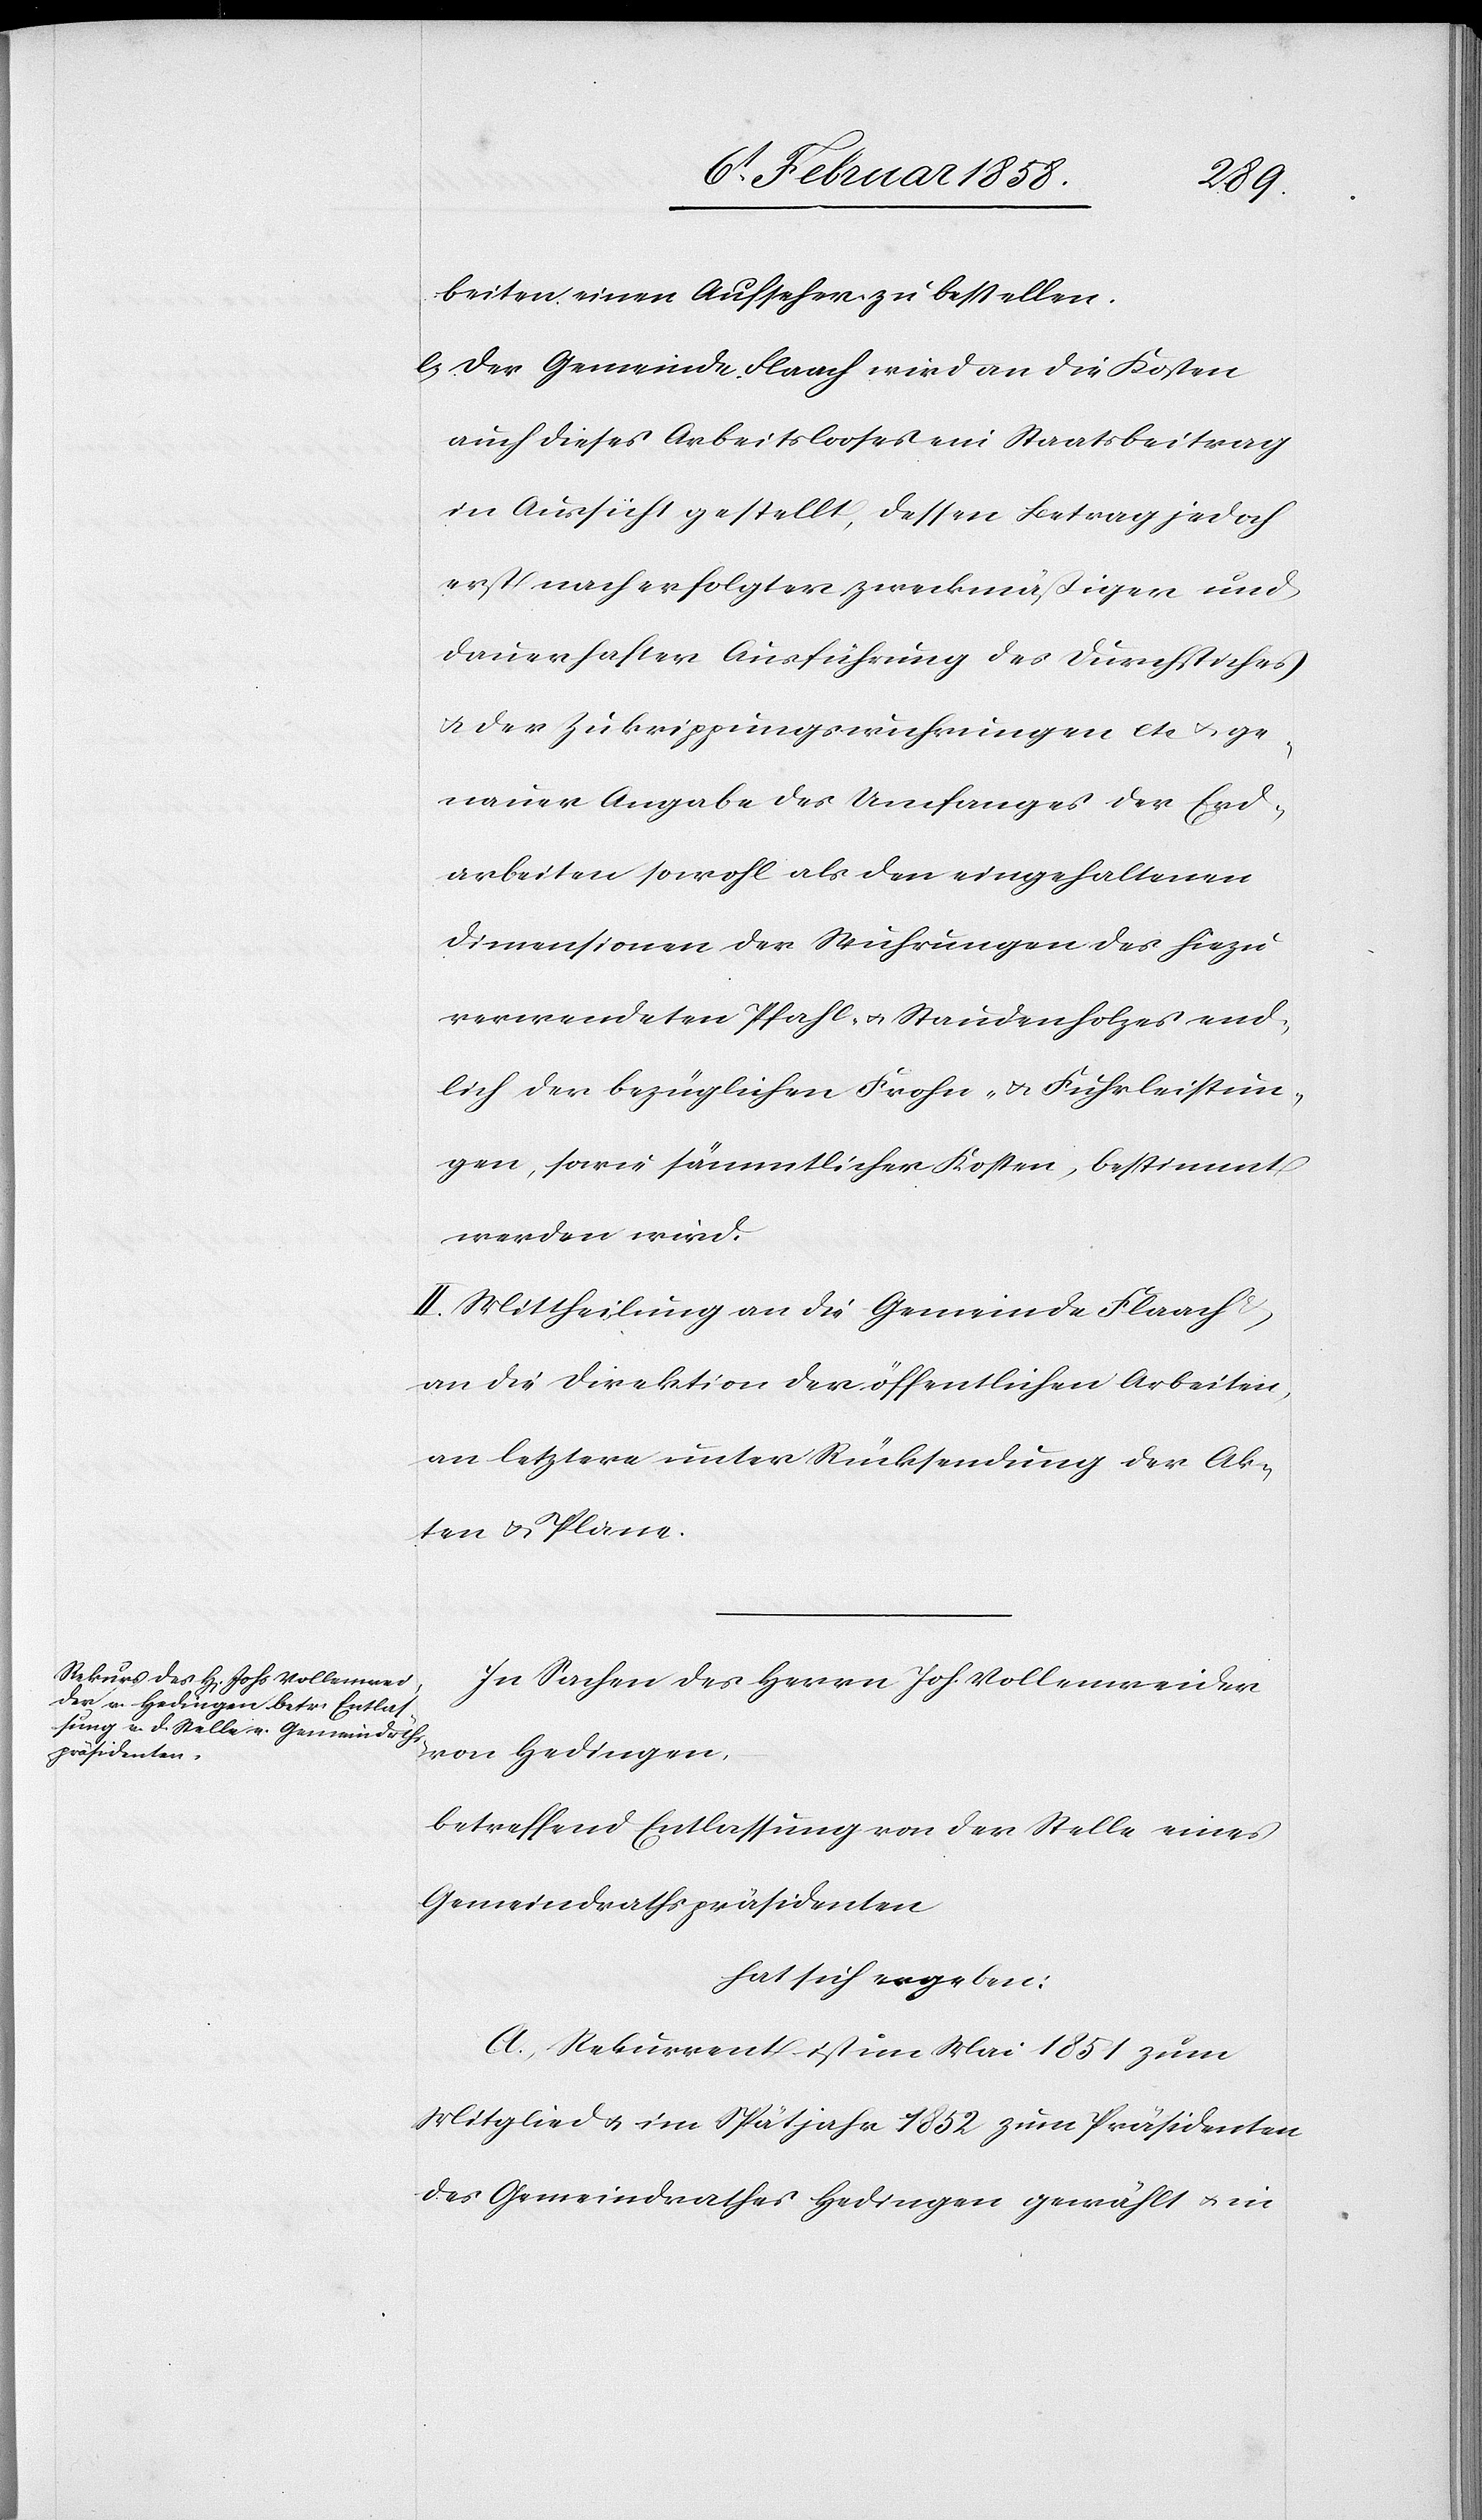
u. ge¬
beiten einen Aufseher zu bestellen.
e. Der Gemeinde Flaach wird an die Kosten
auch dieses Arbeitslooses ein Staatsbeitrag
in Aussicht gestellt, dessen Betrag jedoch
erst nach erfolgter zweckmäßiger und
dauerhafter Ausführung des Durchstiches
u. der Zukrippungswuhrungen [sic!] e¬
nauer Angabe des Umfanges der Erd¬
arbeiten sowohl als den eingehaltenen
Dimensionen der Wuhrungen des hiezu
verwendeten Pfahl- u. Staudenholzes end¬
lich der bezüglichen Frohn- u. Fuhrleistun¬
gen, sowie sämmtlichen Kosten, bestimmt
werden wird.
III. Mittheilung an die Gemeinde Flaach
an die Direktion der öffentlichen Arbeiten,
an letztere unter Rücksendung der Ak¬
ten u. Plane.
In Sachen des Herrn Joh. Vollenweider
von Hedingen,
betreffend Entlassung von der Stelle eines
Gemeindrathspräsidenten
hat sich ergeben:
A. Rekurrent ist im Mai 1851 zum
Mitglied u. im Spätjahr 1852 zum Präsidenten
des Gemeindrathes Hedingen gewählt u. in